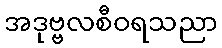
အဒုဗ္ဗလစီဝရသညာ